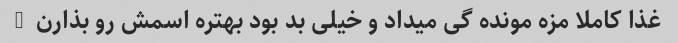
غذا کاملا مزه مونده گی میداد و خیلی بد بود بهتره اسمش رو بذارن  -